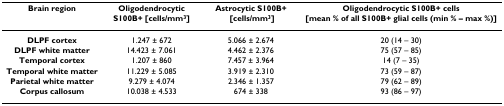
<table><thead><tr><td><b>Brain region</b></td><td><b>Oligodendrocytic S100B+ [cells/mm<sup>3</sup>]</b></td><td><b>Astrocytic S100B+ [cells/mm<sup>3</sup>]</b></td><td><b>Oligodendrocytic S100B+ cells [mean % of all S100B+ glial cells (min % – max %)]</b></td></tr></thead><tbody><tr><td><b>DLPF cortex</b></td><td>1.247 ± 672</td><td>5.066 ± 2.674</td><td>20 (14 – 30)</td></tr><tr><td><b>DLPF white matter</b></td><td>14.423 ± 7.061</td><td>4.462 ± 2.376</td><td>75 (57 – 85)</td></tr><tr><td><b>Temporal cortex</b></td><td>1.207 ± 860</td><td>7.457 ± 3.964</td><td>14 (7 – 35)</td></tr><tr><td><b>Temporal white matter</b></td><td>11.229 ± 5.085</td><td>3.919 ± 2.310</td><td>73 (59 – 87)</td></tr><tr><td><b>Parietal white matter</b></td><td>9.279 ± 4.074</td><td>2.346 ± 1.357</td><td>79 (62 – 89)</td></tr><tr><td><b>Corpus callosum</b></td><td>10.038 ± 4.533</td><td>674 ± 338</td><td>93 (86 – 97)</td></tr></tbody></table>